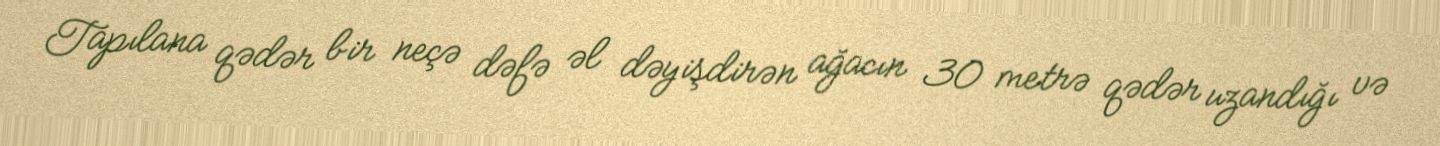
Tapılana qədər bir neçə dəfə əl dəyişdirən ağacın 30 metrə qədər uzandığı və